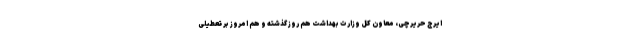
ایرج حریرچی، معاون کل وزارت بهداشت هم روز گذشته و هم امروز بر تعطیلی